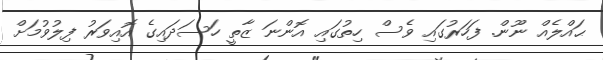
ޙައްލެއް ނޫން. ފަހަރުގައި ވެސް ހިތުގައި އޮންނަ ޒާތީ ހަސަދައިގެ އޮއިވަރު ފިލުވުމަށް